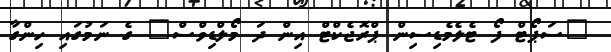
"ސަޕޯޓް ފޯ ޓެލެމެޑިސިން ޕްރޮޖެކްޓް އިން ދަ މޯލްޑިވްސް" ގެ ނަމުގައި ހިންގާ